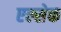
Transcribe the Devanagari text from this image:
एल्सेक